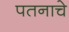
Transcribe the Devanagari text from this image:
पतनाचे